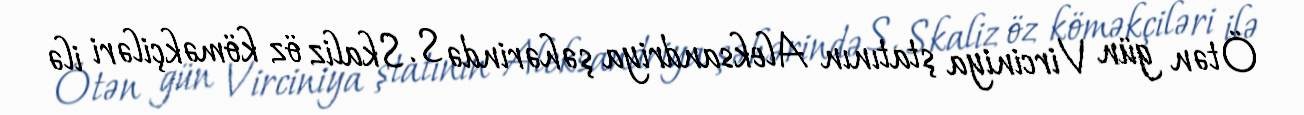
Ötən gün Virciniya ştatının Aleksandriya şəhərində S. Skaliz öz köməkçiləri ilə